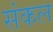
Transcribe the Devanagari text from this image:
संकल